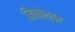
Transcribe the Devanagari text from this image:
निनेश्वर